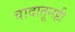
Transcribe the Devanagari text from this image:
वादातूनही